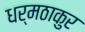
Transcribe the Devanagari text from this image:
धर्मठाकुर